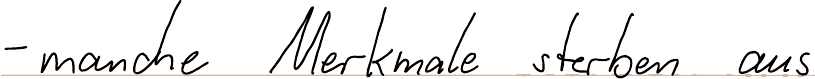
- manche Merkmale sterben aus